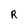
Character: R